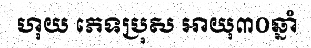
ហុយ ភេទប្រុស អាយុ៣០ឆ្នាំ